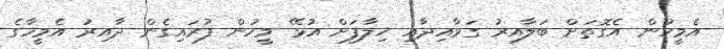
އެމީހުން އެގޮތަށް ބަލާއިރު ގަވާއިދާއި ޚިލާފަށް އުޅޭ މީހުން ފުރައިގެން ދާއިރު އެމީހާގެ